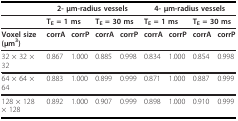
<table><thead><tr><td></td><td colspan="4"><b>2- μm-radius vessels</b></td><td colspan="4"><b>4- μm-radius vessels</b></td></tr></thead><tbody><tr><td></td><td colspan="2"><b>T<sub>E </sub>= 1 ms</b></td><td colspan="2"><b>T<sub>E </sub>= 30 ms</b></td><td colspan="2"><b>T<sub>E </sub>= 1 ms</b></td><td colspan="2"><b>T<sub>E </sub>= 30 ms</b></td></tr><tr><td><b>Voxel size(μm<sup>3</sup>)</b></td><td><b>corrA</b></td><td><b>corrP</b></td><td><b>corrA</b></td><td><b>corrP</b></td><td><b>corrA</b></td><td><b>corrP</b></td><td><b>corrA</b></td><td><b>corrP</b></td></tr><tr><td>32 × 32 × 32</td><td>0.867</td><td>1.000</td><td>0.885</td><td>0.998</td><td>0.834</td><td>1.000</td><td>0.854</td><td>0.998</td></tr><tr><td>64 × 64 × 64</td><td>0.883</td><td>1.000</td><td>0.899</td><td>0.999</td><td>0.871</td><td>1.000</td><td>0.887</td><td>0.999</td></tr><tr><td>128 × 128 × 128</td><td>0.892</td><td>1.000</td><td>0.907</td><td>0.999</td><td>0.898</td><td>1.000</td><td>0.910</td><td>0.999</td></tr></tbody></table>